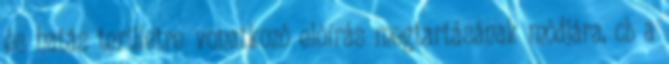
és hatás területre vonatkozó elõírás megtartásának módjára, cb a